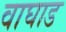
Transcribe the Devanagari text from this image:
वाघाड